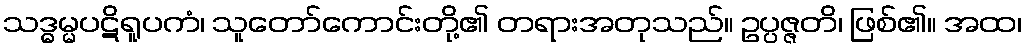
သဒ္ဓမ္မပဋိရူပကံ၊ သူတော်ကောင်းတို့၏ တရားအတုသည်။ ဥပ္ပဇ္ဇတိ၊ ဖြစ်၏။ အထ၊